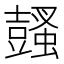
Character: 𧒕